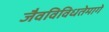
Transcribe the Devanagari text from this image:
जैवविविधतेमागे